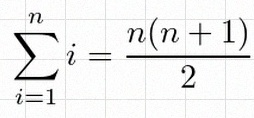
\sum_{i=1}^{n}i=\frac{n(n+1)}2